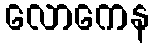
လောကေန